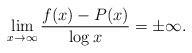
\begin{align*} \lim_{x \rightarrow \infty} \frac{f(x) - P(x)}{\log x} = \pm \infty.\end{align*}